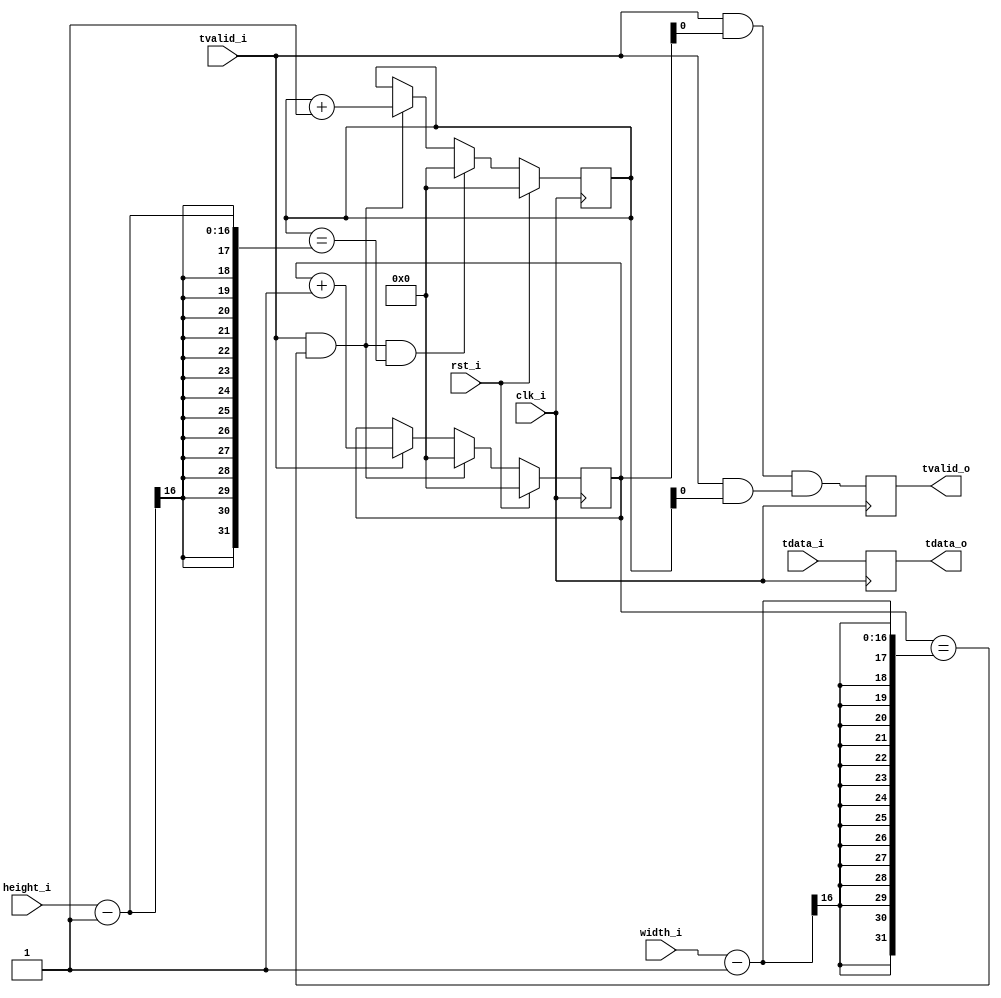
`timescale 1ns / 1ps
//////////////////////////////////////////////////////////////////////////////////
// Company: 
// 
// Design Name: 
// Module Name: image_size_down
// Project Name: 
// Target Devices: 
// Tool Versions: 
// Description: 
// 
// Dependencies: 
// 
// Revision:
// Revision 0.01 - File Created
// Additional Comments:
// 
//////////////////////////////////////////////////////////////////////////////////


module image_size_down_without_fifo
                    #(parameter DATA_WIDTH = 16 )                  
                    (					 					
                     input        clk_i,
                     input        rst_i,
					 
                     input [15:0] width_i,
                     input [15:0] height_i,						 
					 
                     input [DATA_WIDTH -1:0] tdata_i,
                     input                   tvalid_i,
                     
                     output [DATA_WIDTH -1:0] tdata_o,
                     output                   tvalid_o
                     );
                     
//-----------pixels in one line----------
reg[15:0] col_cnt;
wire tlast;

assign tlast = tvalid_i && (col_cnt == (width_i - 1));
    
always @(posedge clk_i) begin
  if(rst_i)begin
    col_cnt <= 16'd0;
  end else if(tlast) begin
    col_cnt <= 16'd0;
  end else if(tvalid_i) begin
    col_cnt <= col_cnt + 1;
  end
end

wire col_down_valid;
assign col_down_valid = tvalid_i && col_cnt[0];


//-----------lines in one frame----------   
reg[15:0] row_cnt;
always @(posedge clk_i) begin
  if(rst_i)begin
    row_cnt <= 16'd0;
  end else if(tlast && (row_cnt == (height_i - 1))) begin
    row_cnt <= 16'd0;
  end else if(tlast) begin
    row_cnt <= row_cnt + 1;
  end
end

wire row_down_valid;

//assign row_down_valid = tvalid_i;
assign row_down_valid = tvalid_i && row_cnt[0];




reg[23:0] tdata;
reg       tvalid;
always@(posedge clk_i)begin
  tdata  <= tdata_i;
  tvalid <= col_down_valid & row_down_valid;
end

assign tdata_o  = tdata;
assign tvalid_o = tvalid;

endmodule